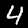
Digit: 4